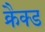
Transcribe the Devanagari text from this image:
क्रैक्ड